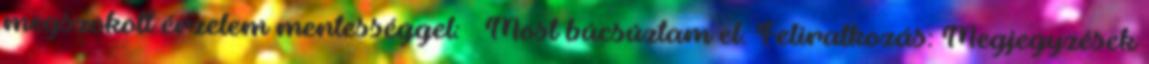
megszokott érzelem mentességgel: – Most búcsúztam el. Feliratkozás: Megjegyzések